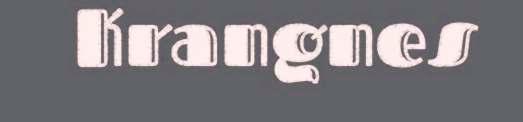
Krangnes